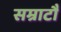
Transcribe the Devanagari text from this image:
सम्राटौं